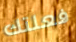
فعلتك